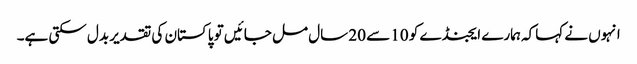
انہوں نے کہاکہ ہمارے ایجنڈے کو 10 سے 20 سال مل جائیں تو پاکستان کی تقدیر بدل سکتی ہے۔